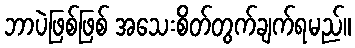
ဘာပဲဖြစ်ဖြစ် အသေးစိတ်တွက်ချက်ရမည်။